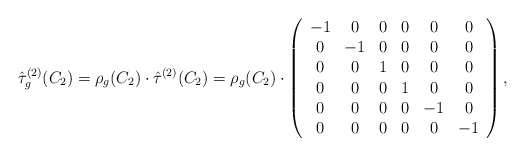
\begin{align*} \hat{\tau}^{(2)}_g(C_2)=\rho_g(C_2)\cdot \hat{\tau}^{(2)}(C_2)=\rho_g(C_2)\cdot\left(\begin{array}{c c c c c c} -1 & 0 & 0 & 0 & 0 & 0\\ 0 & -1 & 0 & 0 & 0& 0\\ 0& 0 & 1 & 0& 0 & 0\\ 0& 0 & 0& 1 & 0 & 0 \\ 0& 0 & 0 & 0& -1 & 0\\ 0& 0 & 0& 0 & 0 & -1 \end{array}\right),\end{align*}